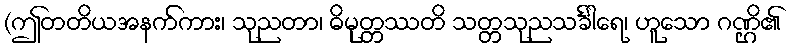
(ဤတတိယအနက်ကား၊ သုညတာ၊ ဓိမုတ္တဿတိ သတ္တသုညသင်္ခါရေ၊ ဟူသော ဂဏ္ဌိ၏